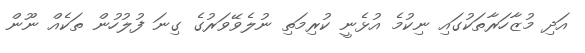
އަދި މުޒާހަރާތަކުގައި ނިކުމެ އުޅެނީ ކުރިމަތި ނުލެވޭވަރުގެ ގިނަ ފުލުހުން ތަކެއް ނޫން